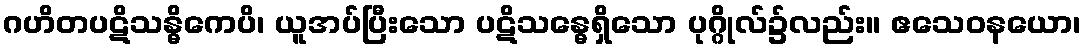
ဂဟိတပဋိသန္ဓိကေပိ၊ ယူအပ်ပြီးသော ပဋိသန္ဓေရှိသော ပုဂ္ဂိုလ်၌လည်း။ ဧသေဝနယော၊